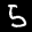
Label: 5